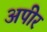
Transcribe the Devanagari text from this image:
अपीर